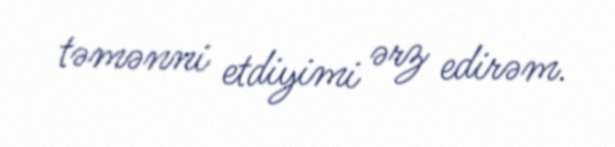
təmənni etdiyimi ərz edirəm.